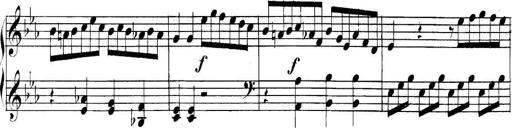
Title: Collected Piano Sonatas
Composer: Muzio Clementi